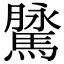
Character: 𩥔